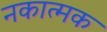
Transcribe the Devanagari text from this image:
नकात्मक